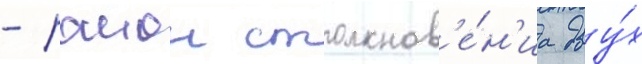
- раион столкнов'е́н'иа дву́х